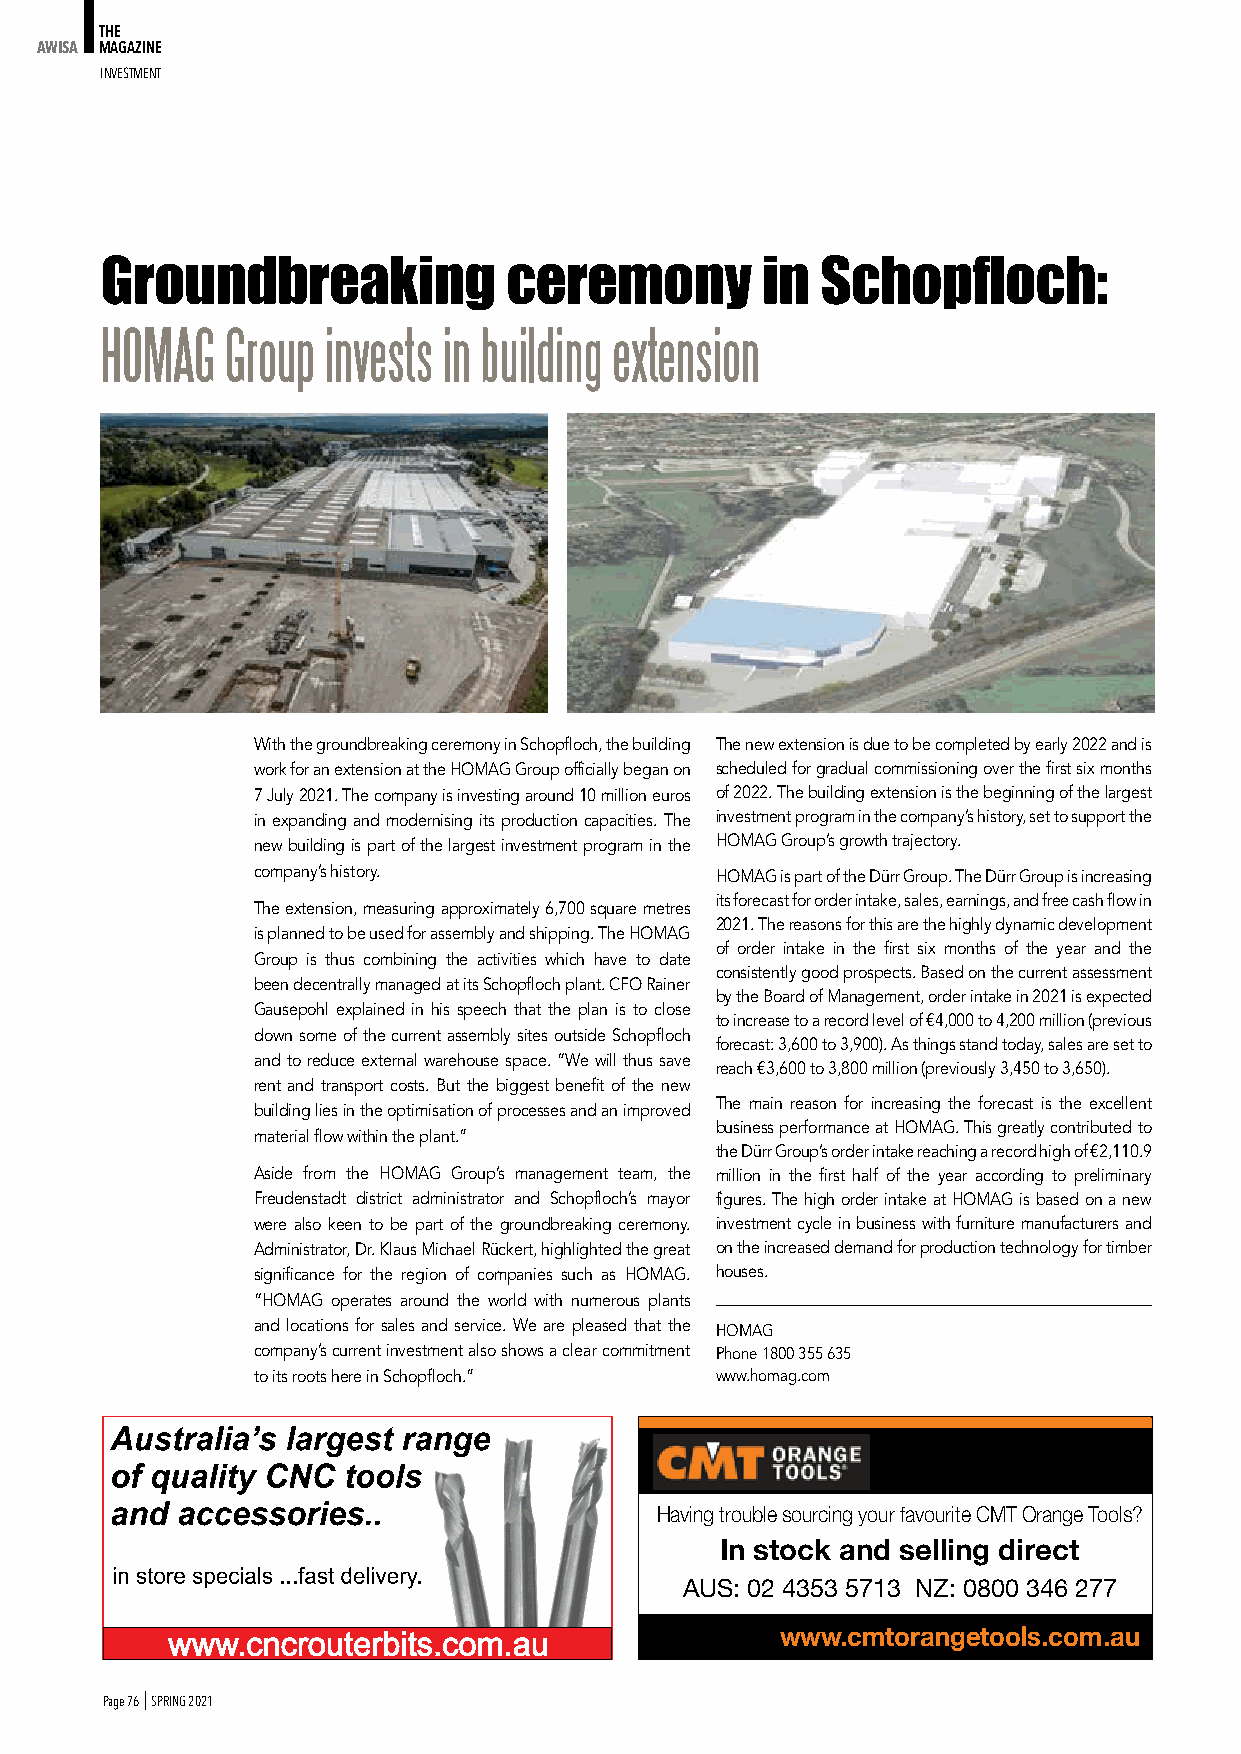
THE
 AWISA MAGAZINE
 INveStmeNt
 Groundbreaking             ceremony        in  Schopfloch:
 HOMAG   Group invests in building extension
 With the groundbreaking ceremony in Schopfloch, the building The new extension is due to be completed by early 2022 and is
 work for an extension at the HOMAG Group officially began on scheduled for gradual commissioning over the first six months
 7 July 2021. The company is investing around 10 million euros of 2022. The building extension is the beginning of the largest
 in expanding and modernising its production capacities. The investment program in the company’s history, set to support the
 new building is part of the largest investment program in the HOMAG Group’s growth trajectory.
 company’s history.            HOMAG is part of the Dürr Group. The Dürr Group is increasing
 its forecast for order intake, sales, earnings, and free cash flow in
 The extension, measuring approximately 6,700 square metres
 2021. The reasons for this are the highly dynamic development
 is planned to be used for assembly and shipping. The HOMAG
 of order intake in the first six months of the year and the
 Group is thus combining the activities which have to date
 consistently good prospects. Based on the current assessment
 been decentrally managed at its Schopfloch plant. CFO Rainer
 by the Board of Management, order intake in 2021 is expected
 Gausepohl explained in his speech that the plan is to close
 to increase to a record level of €4,000 to 4,200 million (previous
 down some of the current assembly sites outside Schopfloch
 forecast: 3,600 to 3,900). As things stand today, sales are set to
 and to reduce external warehouse space. “We will thus save
 reach €3,600 to 3,800 million (previously 3,450 to 3,650).
 rent and transport costs. But the biggest benefit of the new
 The main reason for increasing the forecast is the excellent
 building lies in the optimisation of processes and an improved
 business performance at HOMAG. This greatly contributed to
 material flow within the plant.”
 the Dürr Group’s order intake reaching a record high of €2,110.9
 Aside from the HOMAG Group’s management team, the million in the first half of the year according to preliminary
 Freudenstadt district administrator and Schopfloch’s mayor figures. The high order intake at HOMAG is based on a new
 were also keen to be part of the groundbreaking ceremony. investment cycle in business with furniture manufacturers and
 Administrator, Dr. Klaus Michael Rückert, highlighted the great on the increased demand for production technology for timber
 significance for the region of companies such as HOMAG. houses.
 “HOMAG operates around the world with numerous plants
 and locations for sales and service. We are pleased that the HOMAG
 company’s current investment also shows a clear commitment Phone 1800 355 635
 to its roots here in Schopfloch.” www.homag.com
 Having trouble sourcing your favourite CMT Orange Tools?
 In stock and selling direct
 AUS: 02 4353 5713 NZ: 0800 346 277
 www.cmtorangetools.com.au
 Page 76 I SPRING 2021